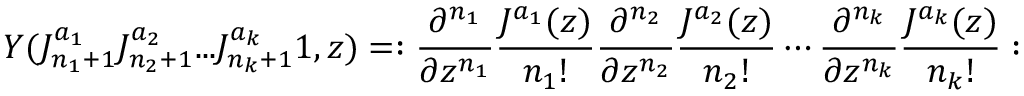
Y ( J _ { n _ { 1 } + 1 } ^ { a _ { 1 } } J _ { n _ { 2 } + 1 } ^ { a _ { 2 } } . . . J _ { n _ { k } + 1 } ^ { a _ { k } } 1 , z ) = : { \frac { \partial ^ { n _ { 1 } } } { \partial z ^ { n _ { 1 } } } } { \frac { J ^ { a _ { 1 } } ( z ) } { n _ { 1 } ! } } { \frac { \partial ^ { n _ { 2 } } } { \partial z ^ { n _ { 2 } } } } { \frac { J ^ { a _ { 2 } } ( z ) } { n _ { 2 } ! } } \cdots { \frac { \partial ^ { n _ { k } } } { \partial z ^ { n _ { k } } } } { \frac { J ^ { a _ { k } } ( z ) } { n _ { k } ! } } :